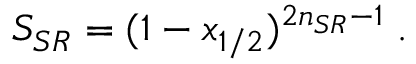
S _ { S R } = ( 1 - x _ { 1 / 2 } ) ^ { 2 n _ { S R } - 1 } \; .